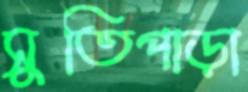
সুতিপাড়া